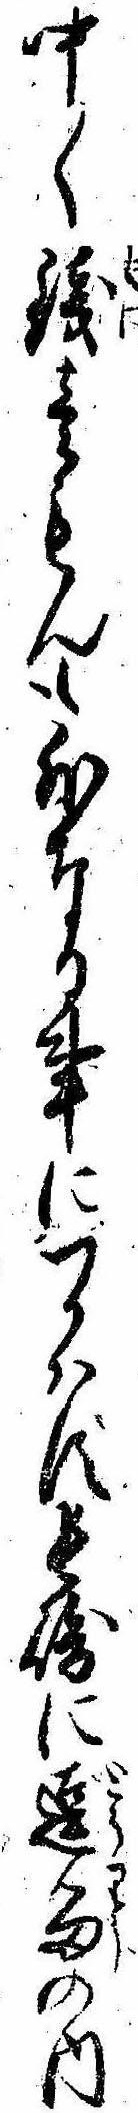
中〱銭壱もんも外なる事につかはず長崎に逗留の内